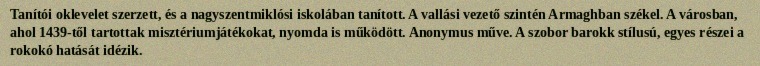
Tanítói oklevelet szerzett, és a nagyszentmiklósi iskolában tanított. A vallási vezető szintén Armaghban székel. A városban, ahol 1439-től tartottak misztériumjátékokat, nyomda is működött. Anonymus műve. A szobor barokk stílusú, egyes részei a rokokó hatását idézik.